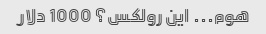
هوم... این رولکس؟ 1000 دلار